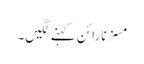
مسز نارائن کہنے لگیں۔